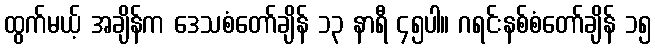
ထွက်မယ့် အချိန်က ဒေသစံတော်ချိန် ၁၃ နာရီ ၄၅ပါ။ ဂရင်းနစ်စံတော်ချိန် ၁၅